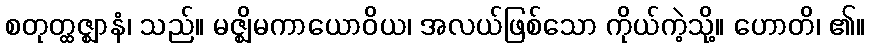
စတုတ္ထဇ္ဈာနံ၊ သည်။ မဇ္ဈိမကာယောဝိယ၊ အလယ်ဖြစ်သော ကိုယ်ကဲ့သို့။ ဟောတိ၊ ၏။